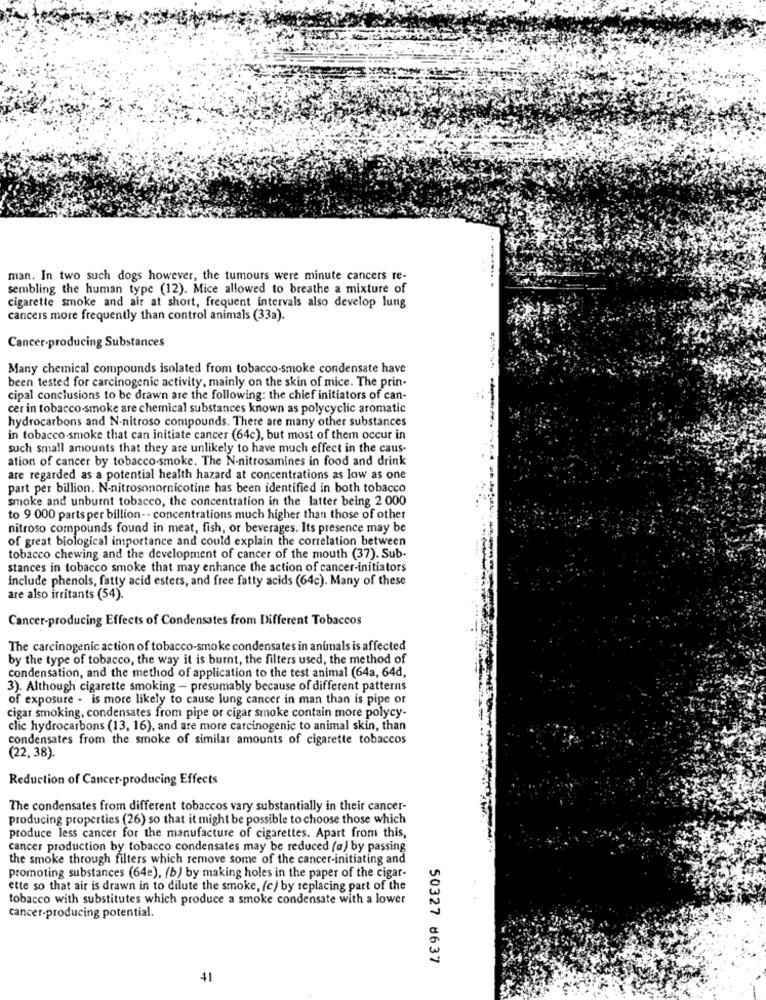
man. In two such dogs however, the tumours were minute cancers re-
sembling the human type (12). Mice allowed to breathe a mixture of
cigarette smoke and air at short, frequent intervals also develop lung
cancers more frequently than control animals (33a).
Cancer-producing Substances
Many chemical compounds isolated from tobacco-smoke condensate have
been tested for carcinogenic activity, mainly on the skin of mice. The prin-
cipal conclusions to be drawn are the following: the chief initiators of can-
cer in tobacco-smoke are chemical substances known as polycyclic aromatic
hydrocarbons and N-nitroso compounds. There are many other substances
in tobacco-smoke that can initiate cancer (64c), but most of them occur in
such small amounts that they are unlikely to have much effect in the caus-
ation of cancer by tobacco-smoke. The N-nitrosamines in food and drink
-------
are regarded as a potential health hazard at concentrations as low as one
part per billion. N-nitrosonornicotine has been identified in both tobacco
smoke and unburnt tobacco, the concentration in the latter being 2 000
to 9 000 parts per billion -- concentrations much higher than those of other
nitroso compounds found in meat, fish, or beverages. Its presence may be
of great biological importance and could explain the correlation between
tobacco chewing and the development of cancer of the mouth (37). Sub-
stances in tobacco smoke that may enhance the action of cancer-initiators
include phenols, fatty acid esters, and free fatty acids (64c). Many of these
are also irritants (54).
Cancer-producing Effects of Condensates from Different Tobaccos
The carcinogenic action of tobacco-smoke condensates in animals is affected
by the type of tobacco, the way it is burnt, the filters used, the method of
condensation, and the method of application to the test animal (64a, 64d,
3). Although cigarette smoking - presumably because of different patterns
of exposure - is more likely to cause lung cancer in man than is pipe or
cigar smoking, condensates from pipe or cigar smoke contain more polycy-
clic hydrocarbons (13, 16), and are more carcinogenic to animal skin, than
condensates from the smoke of similar amounts of cigarette tobaccos
(22, 38).
Reduction of Cancer-producing Effects
The condensates from different tobaccos vary substantially in their cancer-
producing properties (26) so that it might be possible to choose those which
produce less cancer for the manufacture of cigarettes. Apart from this,
cancer production by tobacco condensates may be reduced (a) by passing
the smoke through filters which remove some of the cancer-initiating and
promoting substances (64e), (b) by making holes in the paper of the cigar-
ette so that air is drawn in to dilute the smoke, (c) by replacing part of the
tobacco with substitutes which produce a smoke condensate with a lower
cancer-producing potential.
50327 8637
41